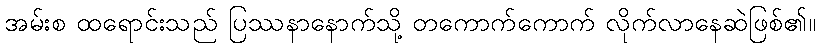
အမ်းစ ထရောင်းသည် ပြဿနာနောက်သို့ တကောက်ကောက် လိုက်လာနေဆဲဖြစ်၏။